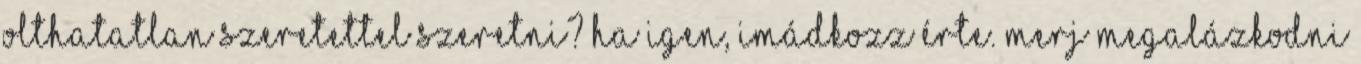
olthatatlan szeretettel szeretni? Ha igen, imádkozz érte. Merj megalázkodni